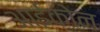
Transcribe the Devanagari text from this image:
आईकोन